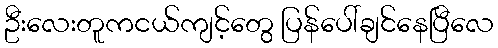
ဦးလေးတူကငယ်ကျင့်တွေ ပြန်ပေါ်ချင်နေပြီလေ